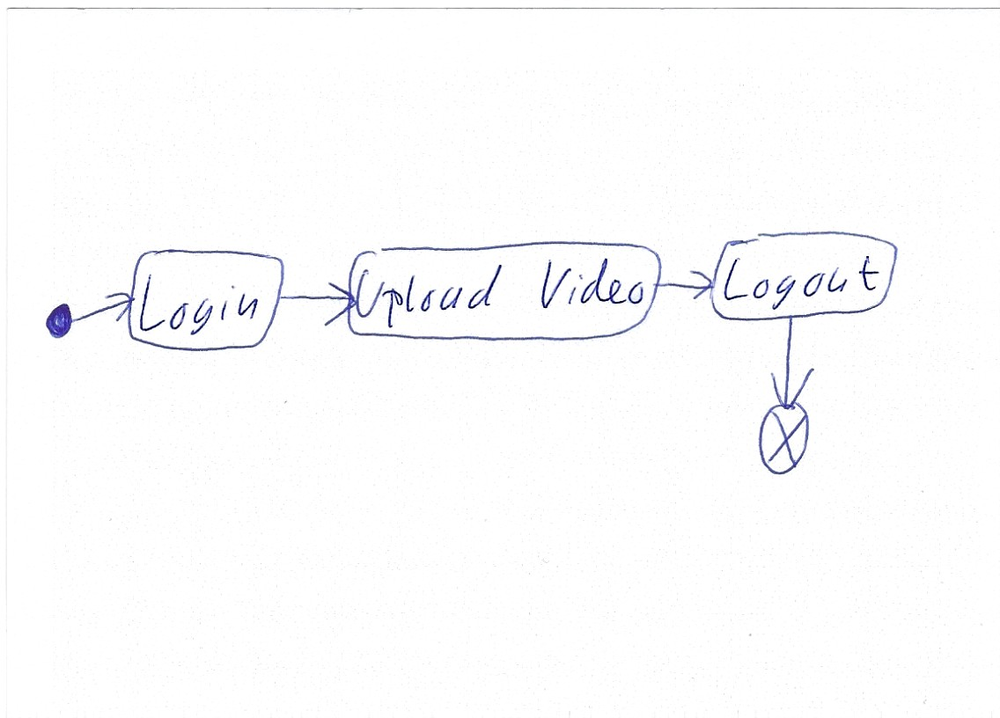
Diagram type: activity_diagram
```plantuml
@startuml

start
:Login;
:Upload Video;
:Logout;
end

@enduml
```